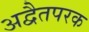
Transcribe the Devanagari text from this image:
अद्वैतपरक